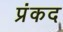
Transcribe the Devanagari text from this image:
प्रंकद